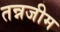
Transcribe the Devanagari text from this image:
तन्नजीम